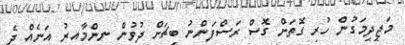
މަޖީދީމަގުން ހުރި ގޮތަށް ގޮސް ރަސްފަންނު ބީޗަށް ދުވުން ނިންމާއިރު އަނެއް ދެ